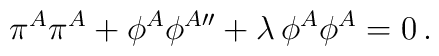
\pi^A\pi^A+\phi^A\phi^{A\prime\prime}+\lambda\,\phi^A\phi^A=0\,.